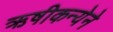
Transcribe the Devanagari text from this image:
ऋषीकन्येने